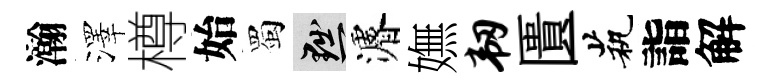
瀚澤樽始蜀黜濬嫵韧匱茕詣解